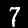
Label: 7